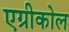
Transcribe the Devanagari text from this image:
एग्रीकोल